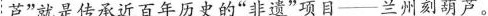
芦”就是传承近百年历史的”非遗”项目——兰州刻葫芦。